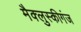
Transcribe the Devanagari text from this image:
मैक्लुस्कीगंज